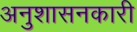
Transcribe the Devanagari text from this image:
अनुशासनकारी